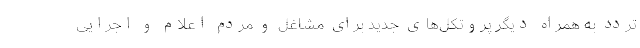
تردد به همراه دیگر پروتکل‌های جدید برای مشاغل و مردم اعلام و اجرایی